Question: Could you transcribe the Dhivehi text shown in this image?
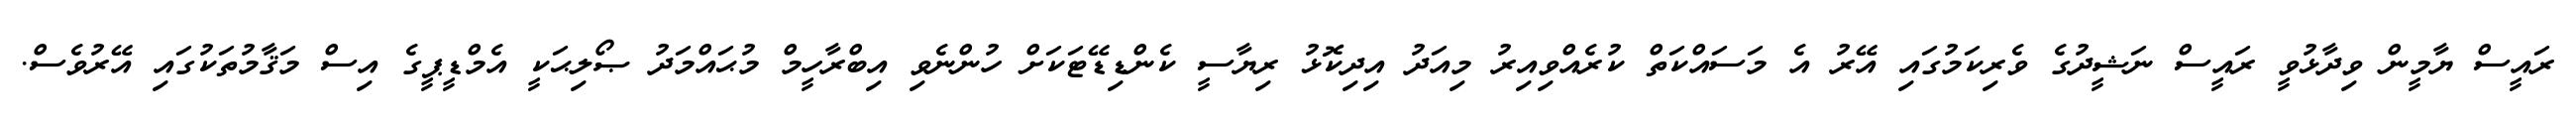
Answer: ރައީސް ޔާމީން ވިދާޅުވީ ރައީސް ނަޝީދުގެ ވެރިކަމުގައި އޭރު އެ މަސައްކަތް ކުރެއްވިއިރު މިއަދު އިދިކޮޅު ރިޔާސީ ކެންޑިޑޭޓަކަށް ހުންނެވި އިބްރާހީމް މުޙައްމަދު ޞޯލިޙަކީ އެމްޑީޕީގެ އިސް މަޤާމުތަކުގައި އޭރުވެސް.